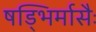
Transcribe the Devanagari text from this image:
षड्भिर्मासैः